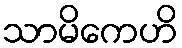
သာမိကေဟိ